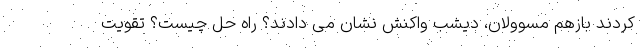
کردند بازهم مسوولان، دیشب واکنش نشان می دادند؟ راه حل چیست؟ تقویت